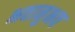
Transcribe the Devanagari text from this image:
भवानुभव